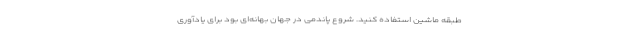
طبقه ماشین استفاده کنید. شروع پاندمی در جهان بهانه‌ای بود برای یادآوری